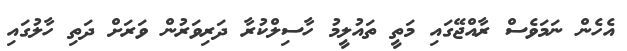
އެހެން ނަމަވެސް ރާއްޖޭގައި މަތީ ތައުލީމު ހާސިލްކުރާ ދަރިވަރުން ވަރަށް ދަތި ހާލުގައި